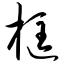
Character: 框